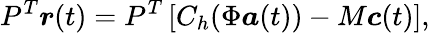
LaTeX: P^{T}\boldsymbol{r}(t)=P^{T}\left[C_{h}(\Phi\boldsymbol{a}(t))-M\boldsymbol{c}(t)\right],